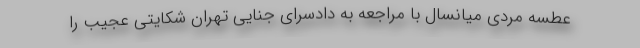
عطسه مردی میانسال با مراجعه به دادسرای جنایی تهران شکایتی عجیب را